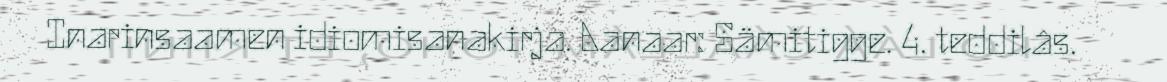
Inarinsaamen idiomisanakirja. Aanaar: Sämitigge. 4. teddilâs.